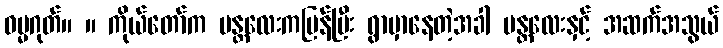
ဓမ္မဂုတ်။ ။ ကိုယ်တော်က မန္တလေးကပြန်ပြီး ရွာမှာနေတဲ့အခါ မန္တလေးနှင့် အဆက်အသွယ်